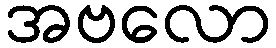
အဗလော